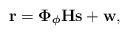
LaTeX: \begin{align*}\mathbf{r} = \boldsymbol{\Phi}_{\boldsymbol{\phi}}\mathbf{Hs} + \mathbf{w},\end{align*}